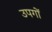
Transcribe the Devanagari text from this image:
उपगों